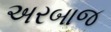
અરબાજ